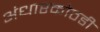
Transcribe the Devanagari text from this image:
अंधारकोठडी